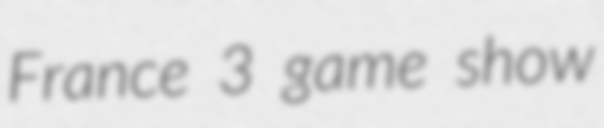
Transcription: France 3 game show